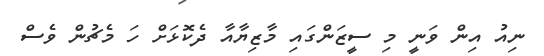
ނިއު އިން ވަނީ މި ސީޒަންގައި މާޒިޔާއާ ދެކޮޅަށް ހަ މެޗުން ވެސް